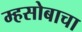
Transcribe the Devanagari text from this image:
म्हसोबाचा